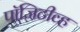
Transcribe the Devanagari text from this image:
पॉजिटीव्ह